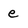
Character: e